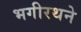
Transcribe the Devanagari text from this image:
भगीरथने